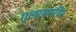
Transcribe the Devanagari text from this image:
गुलाबमंदिर